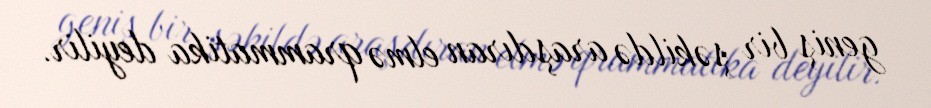
geniş bir şəkildə araşdıran elmə qrammatika deyilir.